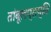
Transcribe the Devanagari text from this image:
तांबूलप्राप्ति